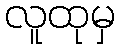
လူထုမှ